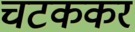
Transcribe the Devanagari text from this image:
चटककर